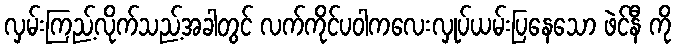
လှမ်းကြည့်လိုက်သည့်အခါတွင် လက်ကိုင်ပဝါကလေးလှုပ်ယမ်းပြနေသော ဖဲင်နီ ကို